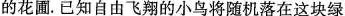
的花圃。已知自由飞翔的小鸟将随机落在这块绿